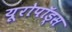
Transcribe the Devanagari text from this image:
यूरोपॉड्स